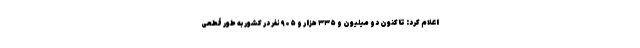
اعلام کرد: تاکنون دو میلیون و ۳۳۵ هزار و ۹۰۵ نفر در کشور به طور قطعی